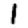
Digit: 1